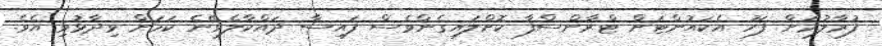
ފުރާލުމަށް ފަހު އެކައުންޓަށް ޓްރާންސްފާ ކޮށްލައިގެންވެސް ފައިސާ ދައްކާލެވޭނެ ކަމަށް ވިދާޅުވި އެވެ.